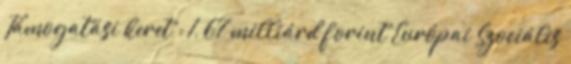
Támogatási keret : 1, 67 milliárd forint Európai Szociális